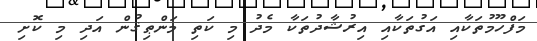
މަފްހޫމުތަކާއި އަގުތަކާއި އިރުޝާދުތަކާ މެދު މި ކަތި މަންޠިޤުން އަދި މި ކޮށި